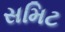
સમિટ